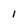
Character: l